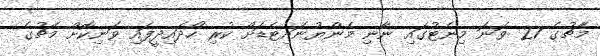
މެޗުގެ 27 ވަނަ މިނެޓުގައި ނާނި މެންޔުނައިޓެޑަށް ކުރި ހޯދައިދީފައި ވަނިކޮށް މެޗުގެ